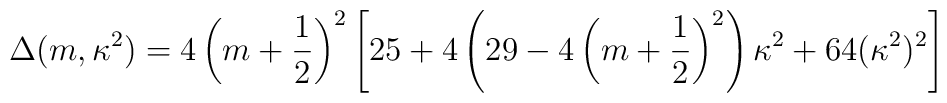
\Delta(m,\kappa^2) = 4\left(m+\frac12\right)^2\left[25+4\left(29-4\left(m+\frac12\right)^2\right)\kappa^2+64(\kappa^2)^2\right]